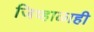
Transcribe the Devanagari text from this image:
जिव्हाळाही